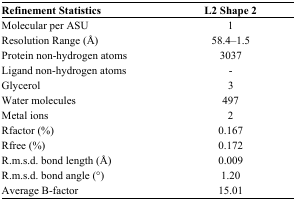
<table><thead><tr><td><b>Refinement Statistics</b></td><td><b>L2 Shape 2</b></td></tr></thead><tbody><tr><td>Molecular per ASU</td><td>1</td></tr><tr><td>Resolution Range (Å)</td><td>58.4–1.5</td></tr><tr><td>Protein non-hydrogen atoms</td><td>3037</td></tr><tr><td>Ligand non-hydrogen atoms</td><td>-</td></tr><tr><td>Glycerol</td><td>3</td></tr><tr><td>Water molecules</td><td>497</td></tr><tr><td>Metal ions</td><td>2</td></tr><tr><td>Rfactor (%)</td><td>0.167</td></tr><tr><td>Rfree (%)</td><td>0.172</td></tr><tr><td>R.m.s.d. bond length (Å)</td><td>0.009</td></tr><tr><td>R.m.s.d. bond angle (°)</td><td>1.20</td></tr><tr><td>Average B-factor</td><td>15.01</td></tr></tbody></table>